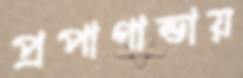
প্রপাগান্ডায়